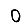
Digit: 0